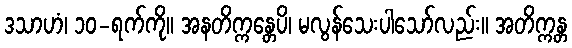
ဒသာဟံ၊ ၁၀-ရက်ကို။ အနတိက္ကန္တေပိ၊ မလွန်သေးပါသော်လည်း။ အတိက္ကန္တ